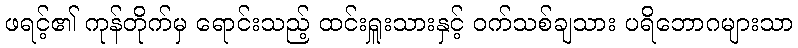
ဖရင့်၏ ကုန်တိုက်မှ ရောင်းသည့် ထင်းရှူးသားနှင့် ဝက်သစ်ချသား ပရိဘောဂများသာ